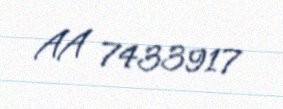
AA 7433917